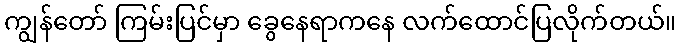
ကျွန်တော် ကြမ်းပြင်မှာ ခွေနေရာကနေ လက်ထောင်ပြလိုက်တယ်။